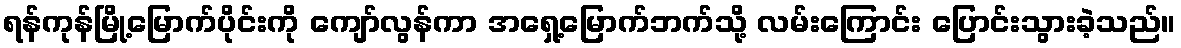
ရန်ကုန်မြို့မြောက်ပိုင်းကို ကျော်လွန်ကာ အရှေ့မြောက်ဘက်သို့ လမ်းကြောင်း ပြောင်းသွားခဲ့သည်။